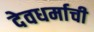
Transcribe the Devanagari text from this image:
देवधर्माची